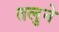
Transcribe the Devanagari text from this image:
तलुने